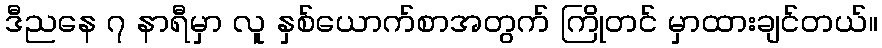
ဒီညနေ ၇ နာရီမှာ လူ နှစ်ယောက်စာအတွက် ကြိုတင် မှာထားချင်တယ်။